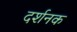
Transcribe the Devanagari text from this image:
दर्शनक